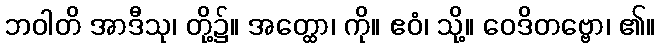
ဘဝါတိ အာဒီသု၊ တို့၌။ အတ္ထော၊ ကို။ ဧဝံ၊ သို့။ ဝေဒိတဗ္ဗော၊ ၏။